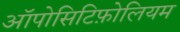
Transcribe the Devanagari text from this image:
ऑपोसिटिफ़ोलियम